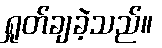
ရှုတ်ချခဲ့သည်။